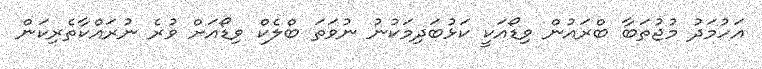
އަހުމަދު މުޖުތަބާ ބްރައުން ވިޑޯއަކީ ކަޅުބަދިމަކުނު ނުވަތަ ބްލެކް ވިޑޯއަށް ވުރެ ނުރައްކާތެރިކަން